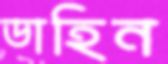
ডাহিন